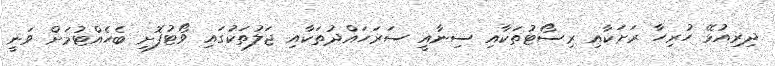
ދިރިއުޅޭ ހުރިހާ ރަށަކާއި ރިސޯޓުތަކާއި ސިނާއީ ސަރަހައްދުތަކާއި ޖަލުތަކުގައި ވޯޓުފޮށި ބެހެއްޓުމަށް ވަނީ